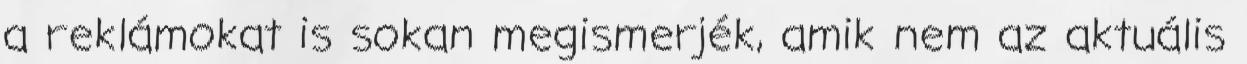
a reklámokat is sokan megismerjék, amik nem az aktuális